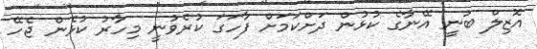
އޮޒިލް ބުނީ އޭނާގެ ކުޅުން ދަށްކަމަށް ފާހަގަ ކުރެވުނީ މިހާރު ކުޅެން ޖެހޭ